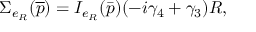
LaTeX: \Sigma _ { e _ { R } } ( \overline { { { p } } } ) = I _ { e _ { R } } ( \bar { p } ) ( - i \gamma _ { 4 } + \gamma _ { 3 } ) R ,